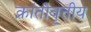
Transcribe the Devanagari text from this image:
क्रांतीवृत्तीय